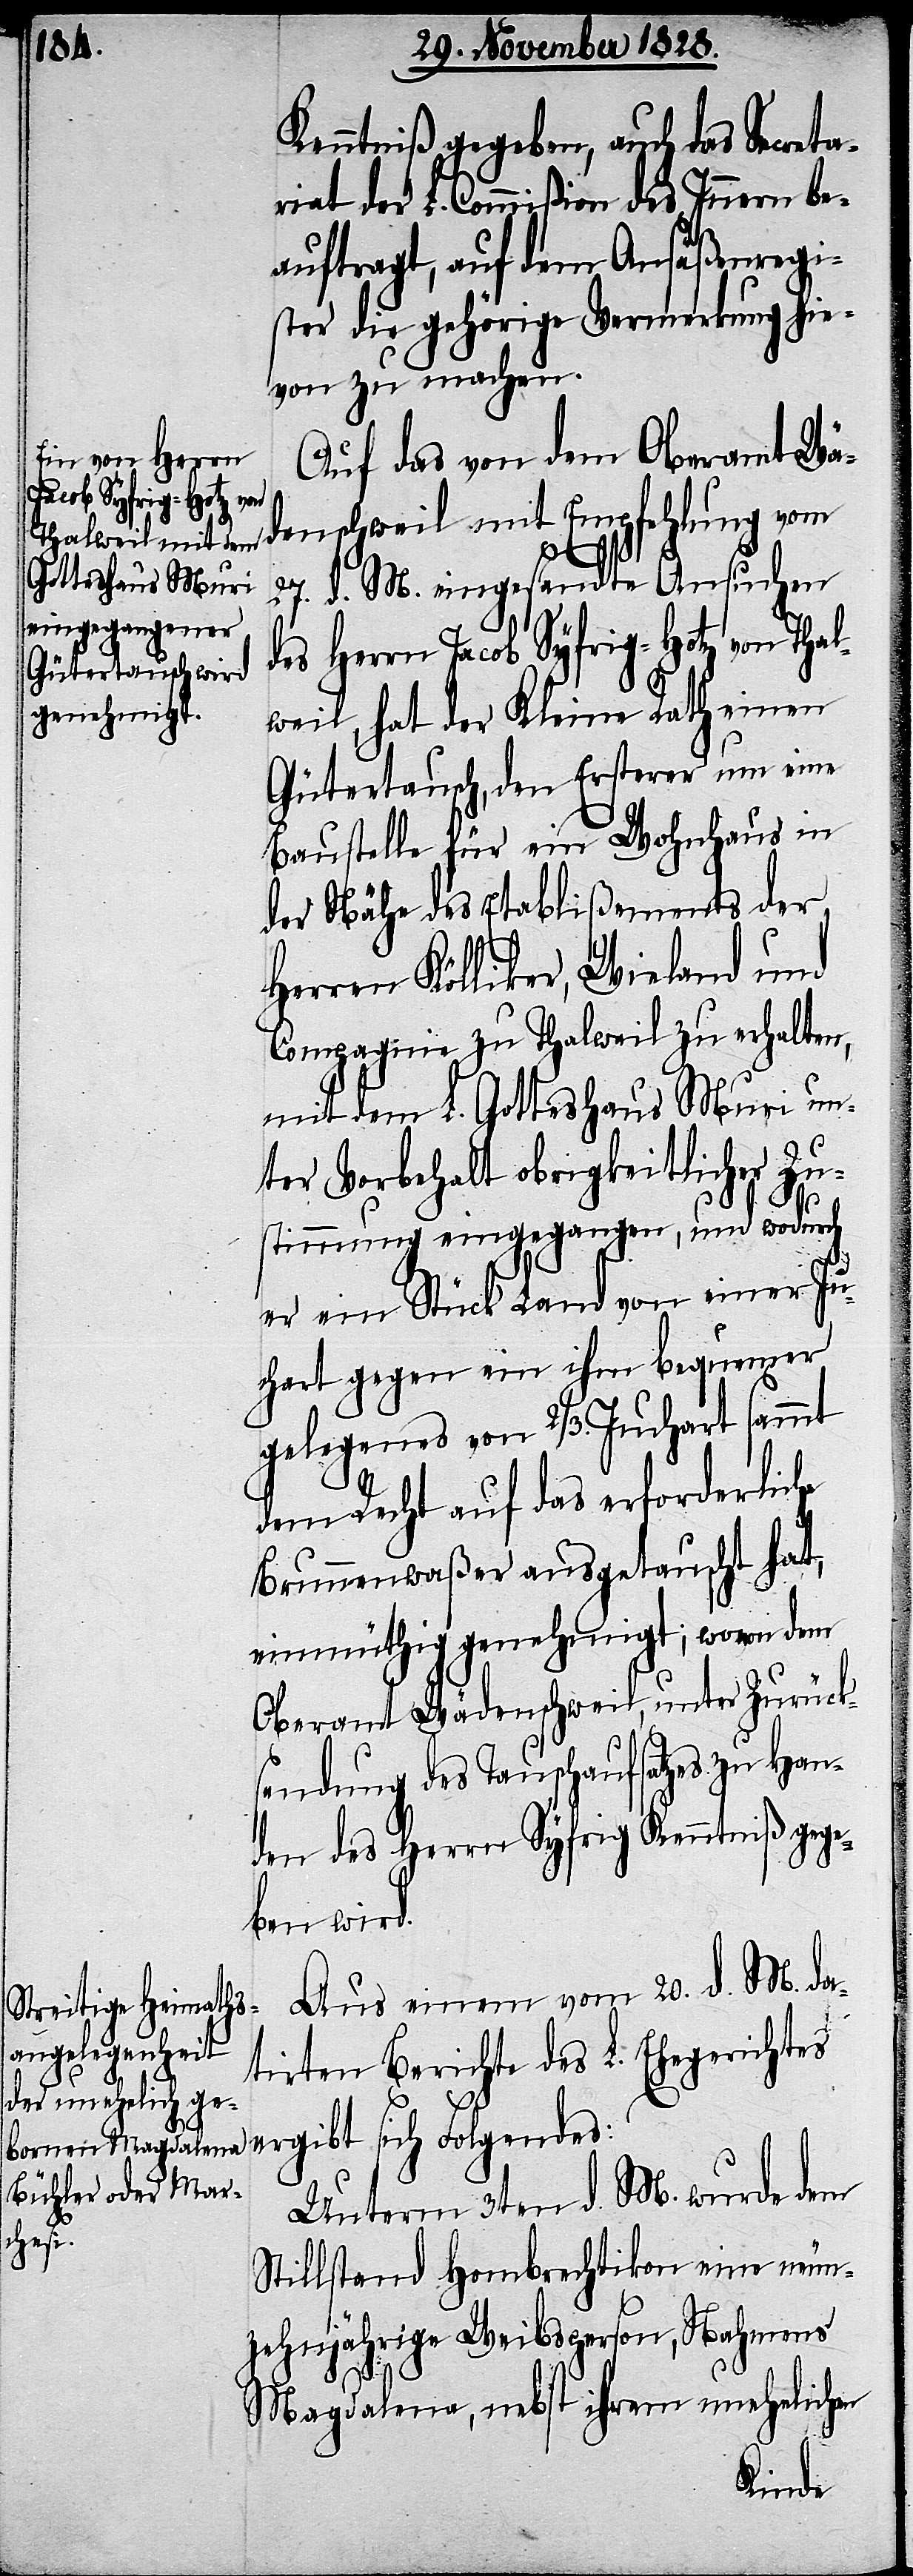
Kenntniß gegeben, auch das Secreta¬
riat der L. Commißion des Innern be¬
auftragt, auf dem Ansäßenregi¬
ster die gehörige Vermerkung hie¬
von zu machen.
Auf das von dem Oberamt Wä¬
sich Folgendes:
des
ergibt
27. d. M. eingesandte Ansuchen
weil, hat der Kleine Rath einen
Gütertausch, den Ersterer um eine
Baustelle für ein Wohnhaus in
der Nähe des Etablißements der
Herren Kölliker, Wieland und
Compagnie zu Thalweil zu erhalten,
mit dem L. Gotteshaus Muri un¬
ter Vorbehalt obrigkeitlicher Zu¬
stimmung eingegangen, und wodurch
er ein Stück Land von einer Ju¬
chart gegen ein ihm bequemer
gelegenes von 2/3. Juchart sammt
dem Recht auf das erforderliche
Brunnenwaßer ausgetauscht hat,
einmüthig genehmigt; wovon dem
Oberamt Wädenschweil, unter Zurücks¬
endung des Tauschaufsatzes zu Han¬
den des Herrn Syfrig Kenntniß gege¬
ben wird.
Aus einem vom 20. d. M. da¬
tirten Berichte des L. Ehegerichtes
Unterm 3ten d. M. wurde dem
Stillstand Hombrechtikon eine neun¬
zehnjährige Weibsperson, Nahmens
Magdalena, nebst ihrem unehelichen